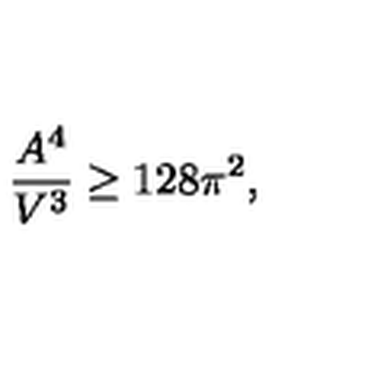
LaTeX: \frac { A ^ { 4 } } { V ^ { 3 } } \ge 1 2 8 \pi ^ { 2 } ,